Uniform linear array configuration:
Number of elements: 12
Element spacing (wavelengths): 1
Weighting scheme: uniform
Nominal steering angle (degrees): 60
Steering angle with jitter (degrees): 60.85
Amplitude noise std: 0.05
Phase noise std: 0.05

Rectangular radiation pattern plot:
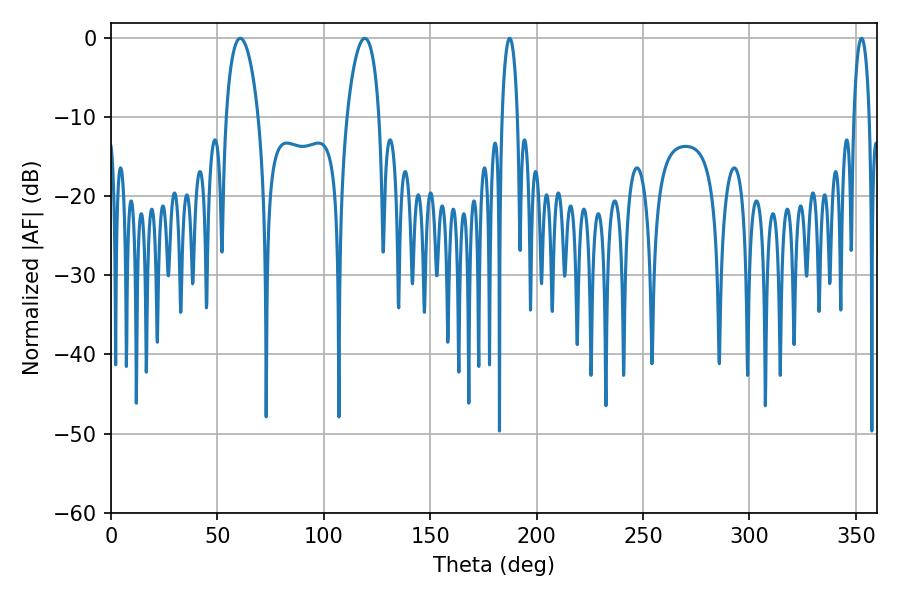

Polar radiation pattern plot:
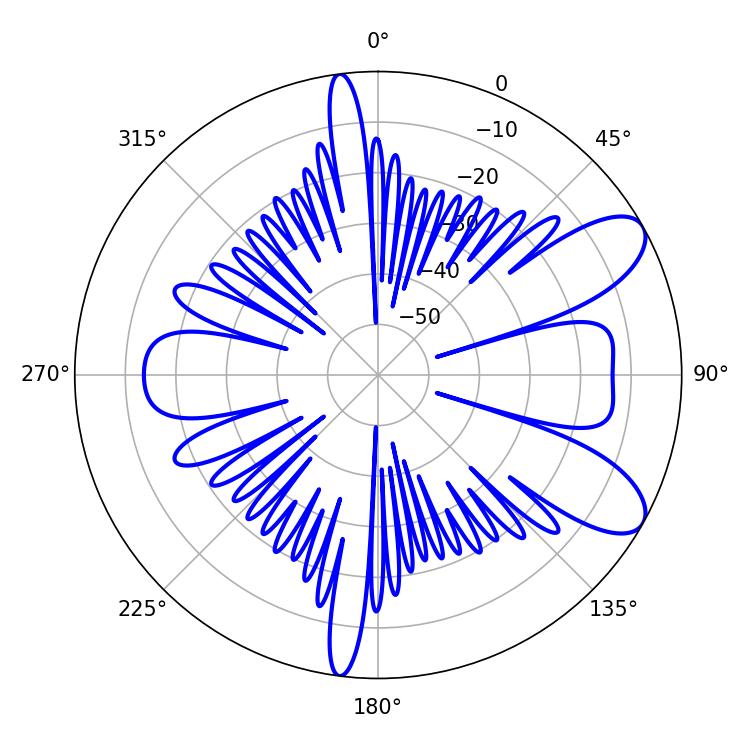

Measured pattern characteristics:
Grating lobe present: TRUE
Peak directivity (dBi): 8.831
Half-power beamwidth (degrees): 8.64
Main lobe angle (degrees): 60.66